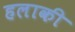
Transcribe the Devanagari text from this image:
हलाकी